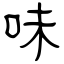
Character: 味